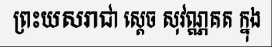
ព្រះយសរាជា ស្តេច សុវណ្ណគត ក្នុង